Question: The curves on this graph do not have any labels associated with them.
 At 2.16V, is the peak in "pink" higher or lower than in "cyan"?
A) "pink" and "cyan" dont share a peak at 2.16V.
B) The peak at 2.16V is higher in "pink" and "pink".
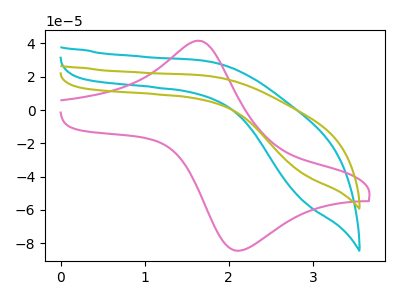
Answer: <think>The cyan curve "cyan" has no peaks. The pink curve "pink" has an anodic peak at (1.65V, 41.65uA) and a cathodic peak at (2.10V, -84.40uA). The olive curve "olive" has no peaks.</think>
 <answer>A) "pink" and "cyan" dont share a peak at 2.16V.</answer>
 <eval>A</eval>